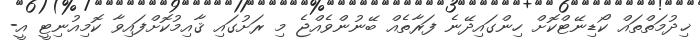
ޚިދުމަތްތައް ކޯޑިނޭޓްކޮށް ހިންގައިދޭނެ ފަރާތެއް ބޭނުންވެއްޖެ މި ރަށުގައި ޤާއިމުކޮށްފައިވާ ކޮމިއުނިޓީ އީ-